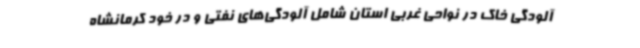
آلودگی خاک در نواحی غربی استان شامل آلودگی‌های نفتی و در خود کرمانشاه